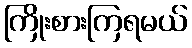
ကြိုးစားကြရမယ်